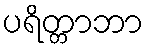
ပရိတ္တာဘာ